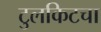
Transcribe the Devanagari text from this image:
टुलकिटचा